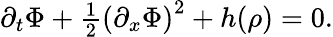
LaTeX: \begin{array}{r}{\partial_{t}\Phi+\frac{1}{2}\left(\partial_{x}\Phi\right)^{2}+h(\rho)=0.}\end{array}